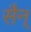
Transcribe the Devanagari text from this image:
सैन्